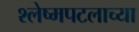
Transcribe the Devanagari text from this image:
श्लेष्मपटलाच्या